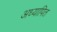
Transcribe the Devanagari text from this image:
अध्यापित